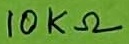
Text: 10KΩ